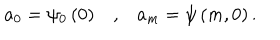
a _ { 0 } = \psi _ { 0 } \left( 0 \right) , a _ { m } = \psi \left( m , 0 \right) .